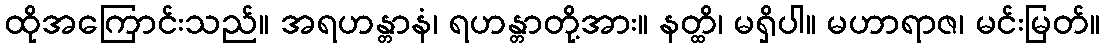
ထိုအကြောင်းသည်။ အရဟန္တာနံ၊ ရဟန္တာတို့အား။ နတ္ထိ၊ မရှိပါ။ မဟာရာဇ၊ မင်းမြတ်။